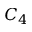
C _ { 4 }